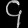
Digit: ၄